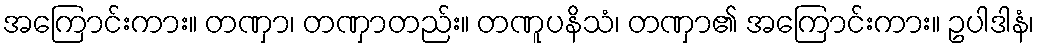
အကြောင်းကား။ တဏှာ၊ တဏှာတည်း။ တဏူပနိသံ၊ တဏှာ၏ အကြောင်းကား။ ဥပါဒါနံ၊